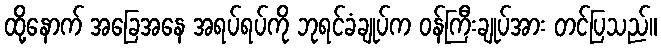
ထို့နောက် အခြေအနေ အရပ်ရပ်ကို ဘုရင်ခံချုပ်က ဝန်ကြီးချုပ်အား တင်ပြသည်။